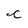
Character: c